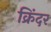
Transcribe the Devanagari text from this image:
क्रिंदर